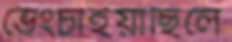
ভেংচাইয়াছিলে